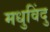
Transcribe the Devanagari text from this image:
मधुविंदु